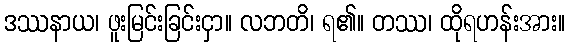
ဒဿနာယ၊ ဖူးမြင်းခြင်းငှာ။ လဘတိ၊ ရ၏။ တဿ၊ ထိုရဟန်းအား။